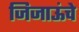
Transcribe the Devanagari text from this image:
जिजाऊंचे